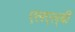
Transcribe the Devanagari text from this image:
एलएल्‌बी